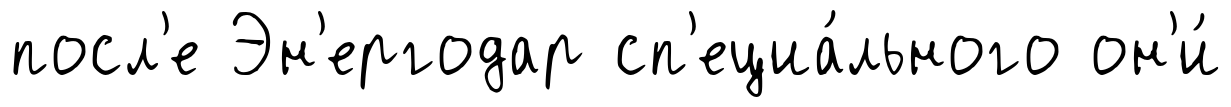
посл'е Эн'ергодар сп'ециа́льного он'и́